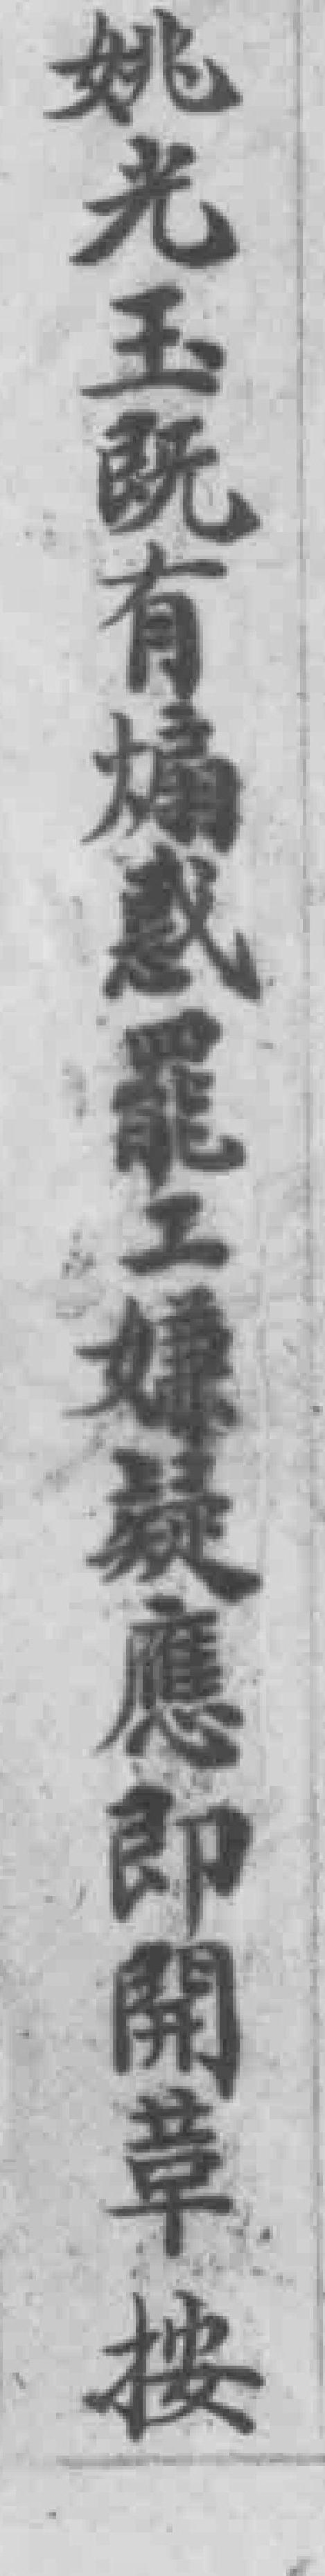
姚光玉既有煽惑罷工嫌疑應即開革按